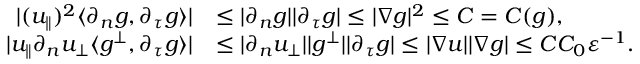
\begin{array} { r l } { | ( u _ { \parallel } ) ^ { 2 } \langle \partial _ { n } g , \partial _ { \tau } g \rangle | } & { \leq | \partial _ { n } g | | \partial _ { \tau } g | \leq | \nabla g | ^ { 2 } \leq C = C ( g ) , } \\ { | u _ { \parallel } \partial _ { n } u _ { \perp } \langle g ^ { \perp } , \partial _ { \tau } g \rangle | } & { \leq | \partial _ { n } u _ { \perp } | | g ^ { \perp } | | \partial _ { \tau } g | \leq | \nabla u | | \nabla g | \leq C C _ { 0 } \varepsilon ^ { - 1 } . } \end{array}